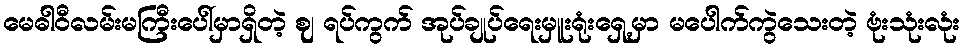
မေဓါဝီလမ်းမကြီးပေါ်မှာရှိတဲ့ ဈ ရပ်ကွက် အုပ်ချုပ်ရေးမှူးရုံးရှေ့မှာ မပေါက်ကွဲသေးတဲ့ ဗုံးသုံးလုံး